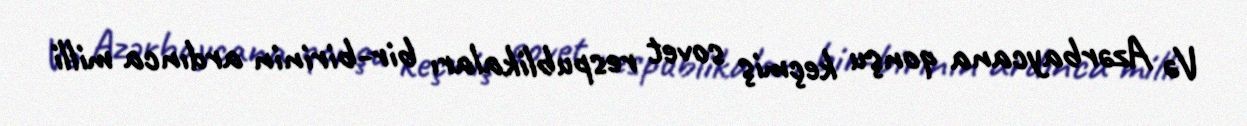
Və Azərbaycana qonşu keçmiş sovet respublikaları bir-birinin ardınca milli